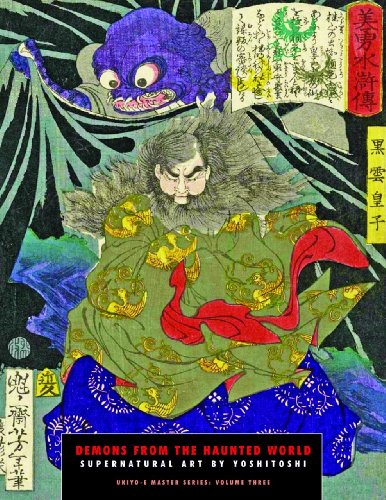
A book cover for Demons from the Haunted World: Supernatural Art By Yoshitoshi (Ukiyo-e Master Series); Arts & Photography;